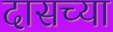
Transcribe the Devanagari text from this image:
दासच्या